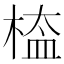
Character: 𣖁